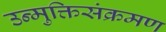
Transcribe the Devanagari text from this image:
उन्मुक्तिसंक्रमण